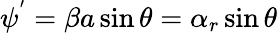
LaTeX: \psi^{'}=\beta a\sin\theta=\alpha_{r}\sin\theta